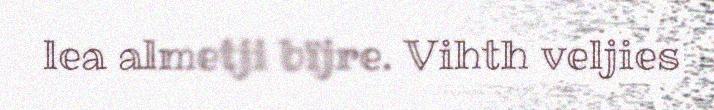
lea almetji bïjre. Vihth veljies